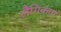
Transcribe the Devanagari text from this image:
लैगिकता